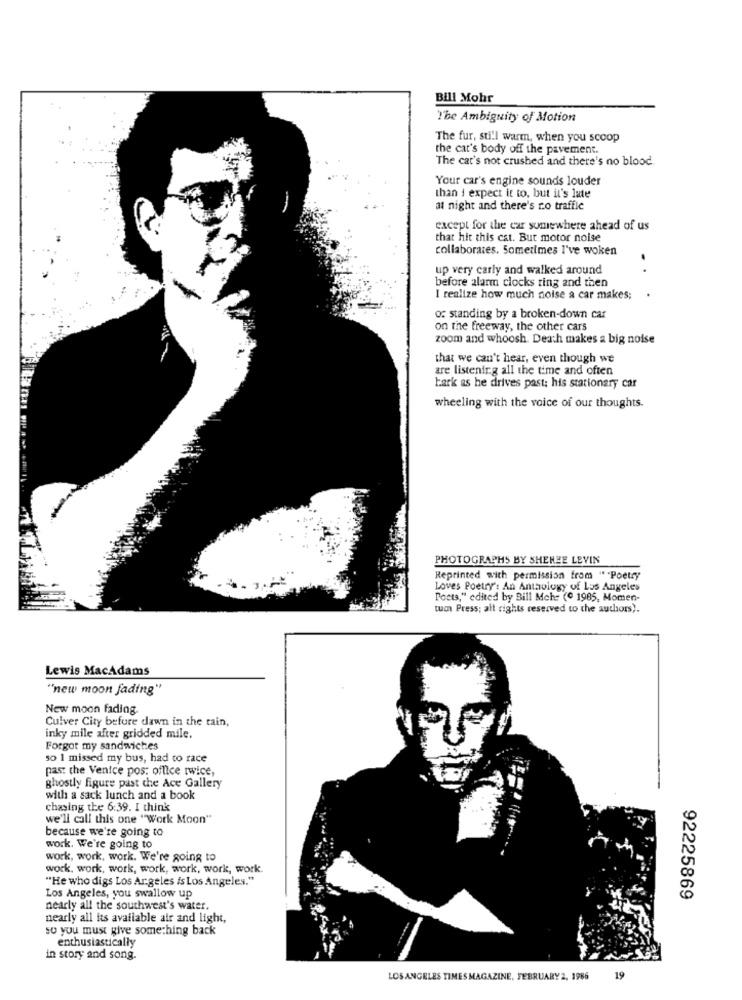
Bill Mohr
The Ambiguity of Motion
The fur, still warm, when you scoop
the cat's body off the pavement.
The cat's not crushed and there's no blood
Your car's engine sounds louder
than i expect it to, but it's late
at night and there's ro traffic
except for the car somewhere ahead of us
that hit this cat. But motor noise
collaborates. Sometimes I've woken
up very carly and walked around
. .
before alarm clocks ting and then
.
I realize how much noise a car makes;
or standing by a broken-down car
on the freeway, the other cars
zoom and whoosh. Death makes a big noise
that we can't hear, even though we
are listening all the time and often
hark as he drives past; his stationary car
wheeling with the voice of our thoughts.
PHOTOGRAPHS BY SHEREE LEYIN
Reprinted with permission from ""Poetry
Loves Poetry': An Anthology of Los Angeles
Pocta," edited by Bill Mch: (º 1985, Momen-
tum Press; all rights reserved to the authors).
Lewis MacAdams
"new moon fading"
New moon fading.
Culver City before dawn in the rain,
inky mile after gridded mile.
Forgot my sandwiches
so I missed my bus, had to race
past the Venice pos: office twice,
ghostly figure past che Ace Gallery
with a sack lunch and a book
chasing the 6:39. I think
we'll call this one "Work Moon"
because we're going to
work. We're going to
work, work, work. We're going to
work, work, work, work, work, work, work.
"He who digs Los Ar geles is Los Angeles."
Los Angeles, you swallow up
92225869
nearly all the southwest's water.
nearly all its available air and light,
so you must give something back
enthusiastically
in story and song.
LOS ANGELES TIMES MAGAZINE, FEBRUARY 2, 1986
19